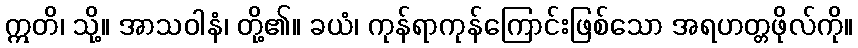
ဣတိ၊ သို့။ အာသဝါနံ၊ တို့၏။ ခယံ၊ ကုန်ရာကုန်ကြောင်းဖြစ်သော အရဟတ္တဖိုလ်ကို။